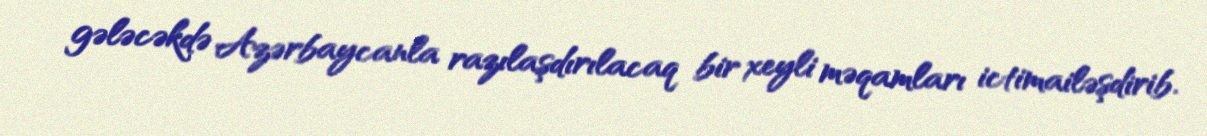
gələcəkdə Azərbaycanla razılaşdırılacaq bir xeyli məqamları ictimailəşdirib.